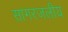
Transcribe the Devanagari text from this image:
सागरजलीय